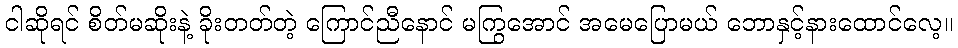
ငါဆိုရင် စိတ်မဆိုးနဲ့ ခိုးတတ်တဲ့ ကြောင်ညီနောင် မကြွအောင် အမေပြောမယ် ဘောနှင့်နားထောင်လေ့။